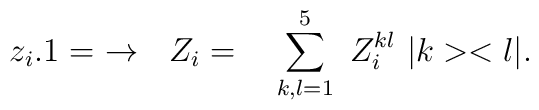
z_{i}.1=\ \rightarrow \ \ Z_{i}=\ \ \ \sum_{k,l=1}^{5}\ Z_{i}^{kl}\ |k><l|.